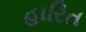
હારિત